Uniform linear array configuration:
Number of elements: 16
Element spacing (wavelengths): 0.25
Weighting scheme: uniform
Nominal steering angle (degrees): -15
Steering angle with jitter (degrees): -15.717
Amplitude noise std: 0.05
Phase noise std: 0.05

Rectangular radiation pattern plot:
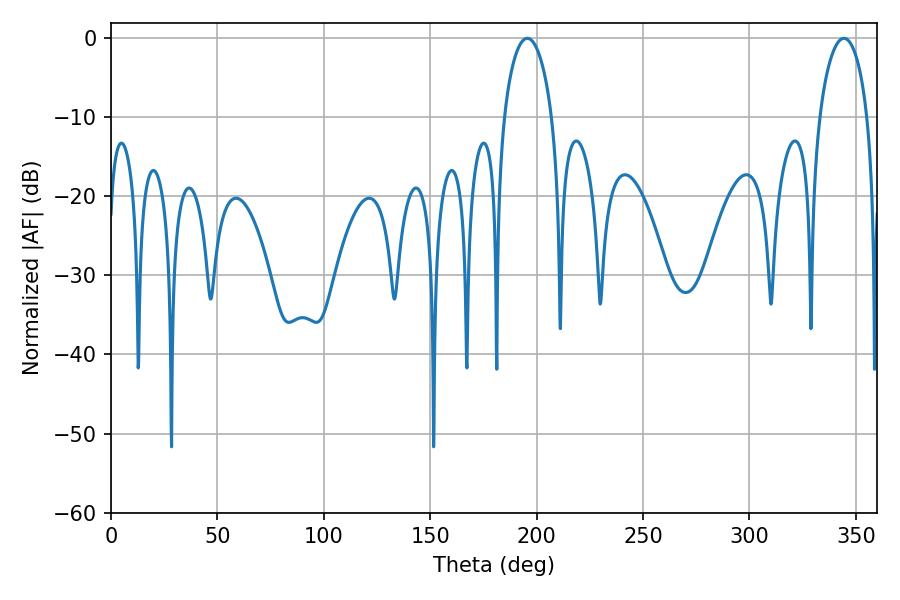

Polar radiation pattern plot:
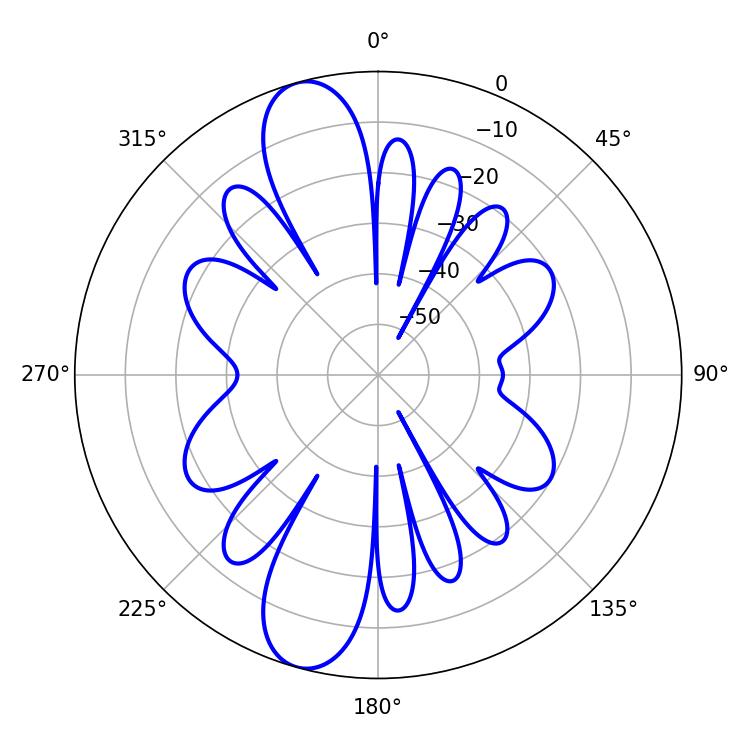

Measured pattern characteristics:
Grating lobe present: FALSE
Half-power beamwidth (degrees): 12.96
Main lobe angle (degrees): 195.66